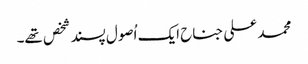
محمد علی جناح ایک اُصول پسند شخص تھے۔